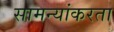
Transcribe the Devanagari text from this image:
सामन्यांकरता